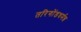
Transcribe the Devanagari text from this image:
तरिगोंडधर्मन्न